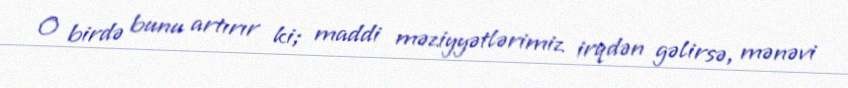
O birdə bunu artırır ki; maddi məziyyətlərimiz irqdən gəlirsə, mənəvi